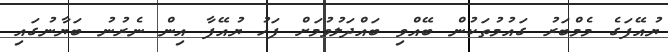
ޔުއޭފަގެ މެމްބަރު ގައުމުތަކުން ބޭއްވި ބައްދަލުވުމަށް ފަހު ޔުއޭފާ އިން ނެރުނު ބަޔާނުގައި